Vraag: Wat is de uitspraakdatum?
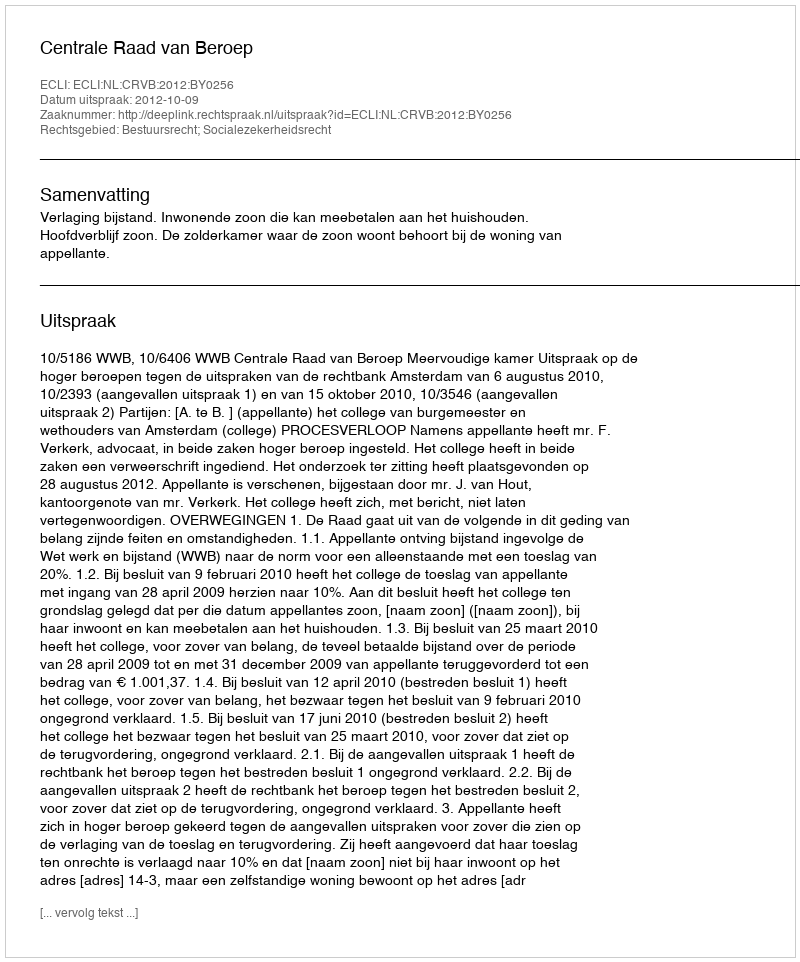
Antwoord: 2012-10-09